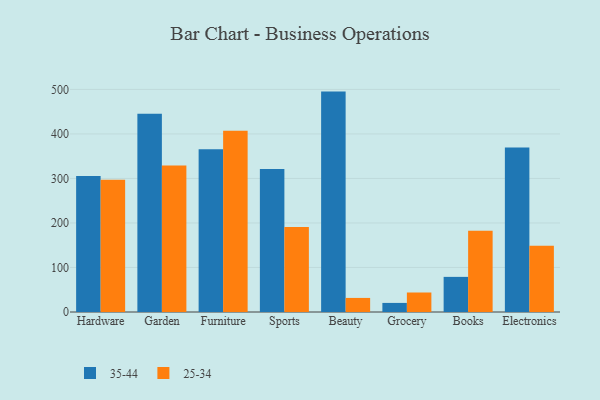
{"axis": {"x": "Category", "y": "Backlog"}, "legend": ["25-34", "35-44"], "data": [{"x": "Hardware", "y": 305.6, "type": "35-44"}, {"x": "Hardware", "y": 296.9, "type": "25-34"}, {"x": "Garden", "y": 445.6, "type": "35-44"}, {"x": "Garden", "y": 329.2, "type": "25-34"}, {"x": "Furniture", "y": 365.5, "type": "35-44"}, {"x": "Furniture", "y": 407.3, "type": "25-34"}, {"x": "Sports", "y": 321.4, "type": "35-44"}, {"x": "Sports", "y": 191.2, "type": "25-34"}, {"x": "Beauty", "y": 495.1, "type": "35-44"}, {"x": "Beauty", "y": 31.6, "type": "25-34"}, {"x": "Grocery", "y": 20.4, "type": "35-44"}, {"x": "Grocery", "y": 43.8, "type": "25-34"}, {"x": "Books", "y": 78.9, "type": "35-44"}, {"x": "Books", "y": 182.4, "type": "25-34"}, {"x": "Electronics", "y": 369.7, "type": "35-44"}, {"x": "Electronics", "y": 148.7, "type": "25-34"}]}